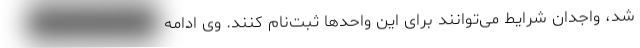
شد، واجدان شرایط می‌توانند برای این واحدها ثبت‌نام کنند. وی ادامه